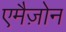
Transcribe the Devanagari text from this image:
एमैज़ोन